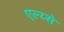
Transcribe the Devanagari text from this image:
एल्य्से